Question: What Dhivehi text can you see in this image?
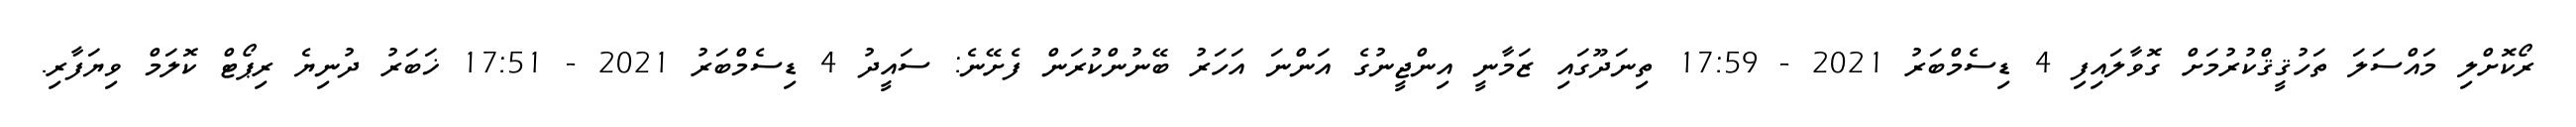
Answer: ރޯކޮށްލި މައްސަލަ ތަހުޤީޤްކުރުމަށް ގޮވާލައިފި 4 ޑިސެމްބަރު 2021 - 17:59 ތިނަދޫގައި ޒަމާނީ އިންޖީނުގެ އަންނަ އަހަރު ބޭނުންކުރަން ފެށޭނެ: ސައީދު 4 ޑިސެމްބަރު 2021 - 17:51 ޚަބަރު ދުނިޔެ ރިޕޯޓް ކޮލަމް ވިޔަފާރި.